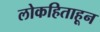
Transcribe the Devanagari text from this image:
लोकहिताहून